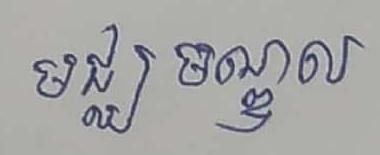
មជ្ឈ មណ្ឌល